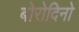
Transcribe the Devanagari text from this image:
बोरोदिनो